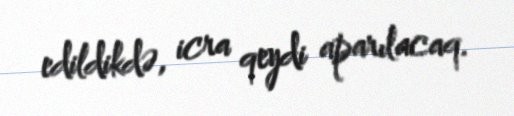
edildikdə, icra qeydi aparılacaq.